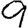
Digit: 9